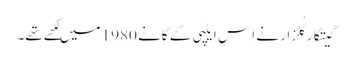
گِیتکارگُلزار نے اِس ایلپی کے گانے 1980 میں لِکھے تھے۔